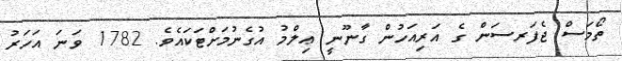
ތޯމަސް ޖެފަރސަން ގެ އަރިއަހުން ގާނޫނީ ޢިލްމު އުގެނުމަށްޓަކައެވެ. 1782 ވަނަ އަހަރު